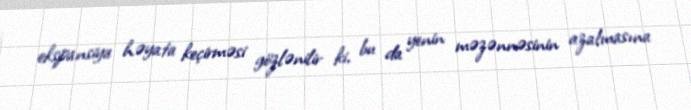
ekspansiya həyata keçirməsi gözlənilir ki, bu da yenin məzənnəsinin azalmasına